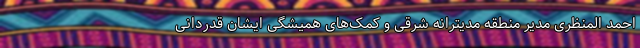
احمد المنظری مدیر منطقه مدیترانه شرقی و کمک‌های همیشگی ایشان قدردانی